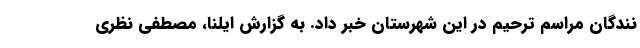
نندگان مراسم ترحیم در این شهرستان خبر داد. به گزارش ایلنا، مصطفی نظری